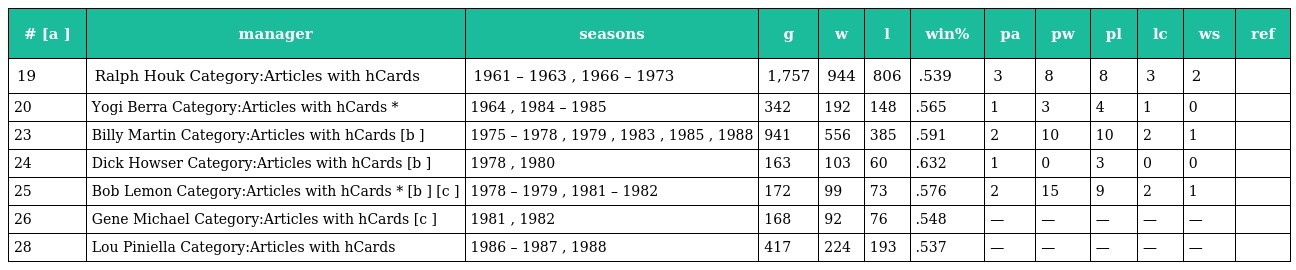
| # [a ] | manager | seasons | g | w | l | win% | pa | pw | pl | lc | ws | ref |
 | --- | --- | --- | --- | --- | --- | --- | --- | --- | --- | --- | --- | --- |
 | 19 | Ralph Houk Category:Articles with hCards | 1961 – 1963 , 1966 – 1973 | 1,757 | 944 | 806 | .539 | 3 | 8 | 8 | 3 | 2 |  |
 | 20 | Yogi Berra Category:Articles with hCards * | 1964 , 1984 – 1985 | 342 | 192 | 148 | .565 | 1 | 3 | 4 | 1 | 0 |  |
 | 23 | Billy Martin Category:Articles with hCards [b ] | 1975 – 1978 , 1979 , 1983 , 1985 , 1988 | 941 | 556 | 385 | .591 | 2 | 10 | 10 | 2 | 1 |  |
 | 24 | Dick Howser Category:Articles with hCards [b ] | 1978 , 1980 | 163 | 103 | 60 | .632 | 1 | 0 | 3 | 0 | 0 |  |
 | 25 | Bob Lemon Category:Articles with hCards * [b ] [c ] | 1978 – 1979 , 1981 – 1982 | 172 | 99 | 73 | .576 | 2 | 15 | 9 | 2 | 1 |  |
 | 26 | Gene Michael Category:Articles with hCards [c ] | 1981 , 1982 | 168 | 92 | 76 | .548 | — | — | — | — | — |  |
 | 28 | Lou Piniella Category:Articles with hCards | 1986 – 1987 , 1988 | 417 | 224 | 193 | .537 | — | — | — | — | — |  |